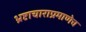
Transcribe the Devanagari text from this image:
भ्रष्टाचाराप्रमाणेच